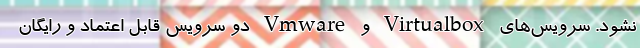
نشود. سرویس‌های Virtualbox و Vmware دو سرویس قابل اعتماد و رایگان